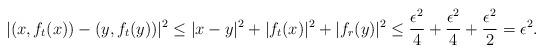
LaTeX: \begin{align*} |(x,f_{t}(x)) - (y,f_{t}(y))|^{2} \leq |x-y|^{2} + |f_{t}(x)|^{2} + |f_{r}(y)|^{2} \leq \frac{\epsilon^{2}}{4} + \frac{\epsilon^{2}}{4} + \frac{\epsilon^{2}}{2} = \epsilon^{2}.\end{align*}